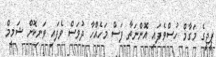
ޕީޖީގެ މަގާމް ހުސްވެފައި އޮންނަތާ ފަސް މަހެއްހާ ދުވަސް ވެފައި ވަނިކޮށް ޝަމީމް